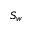
S _ { w }